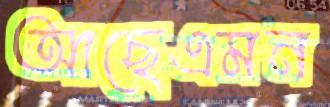
আছেএমন